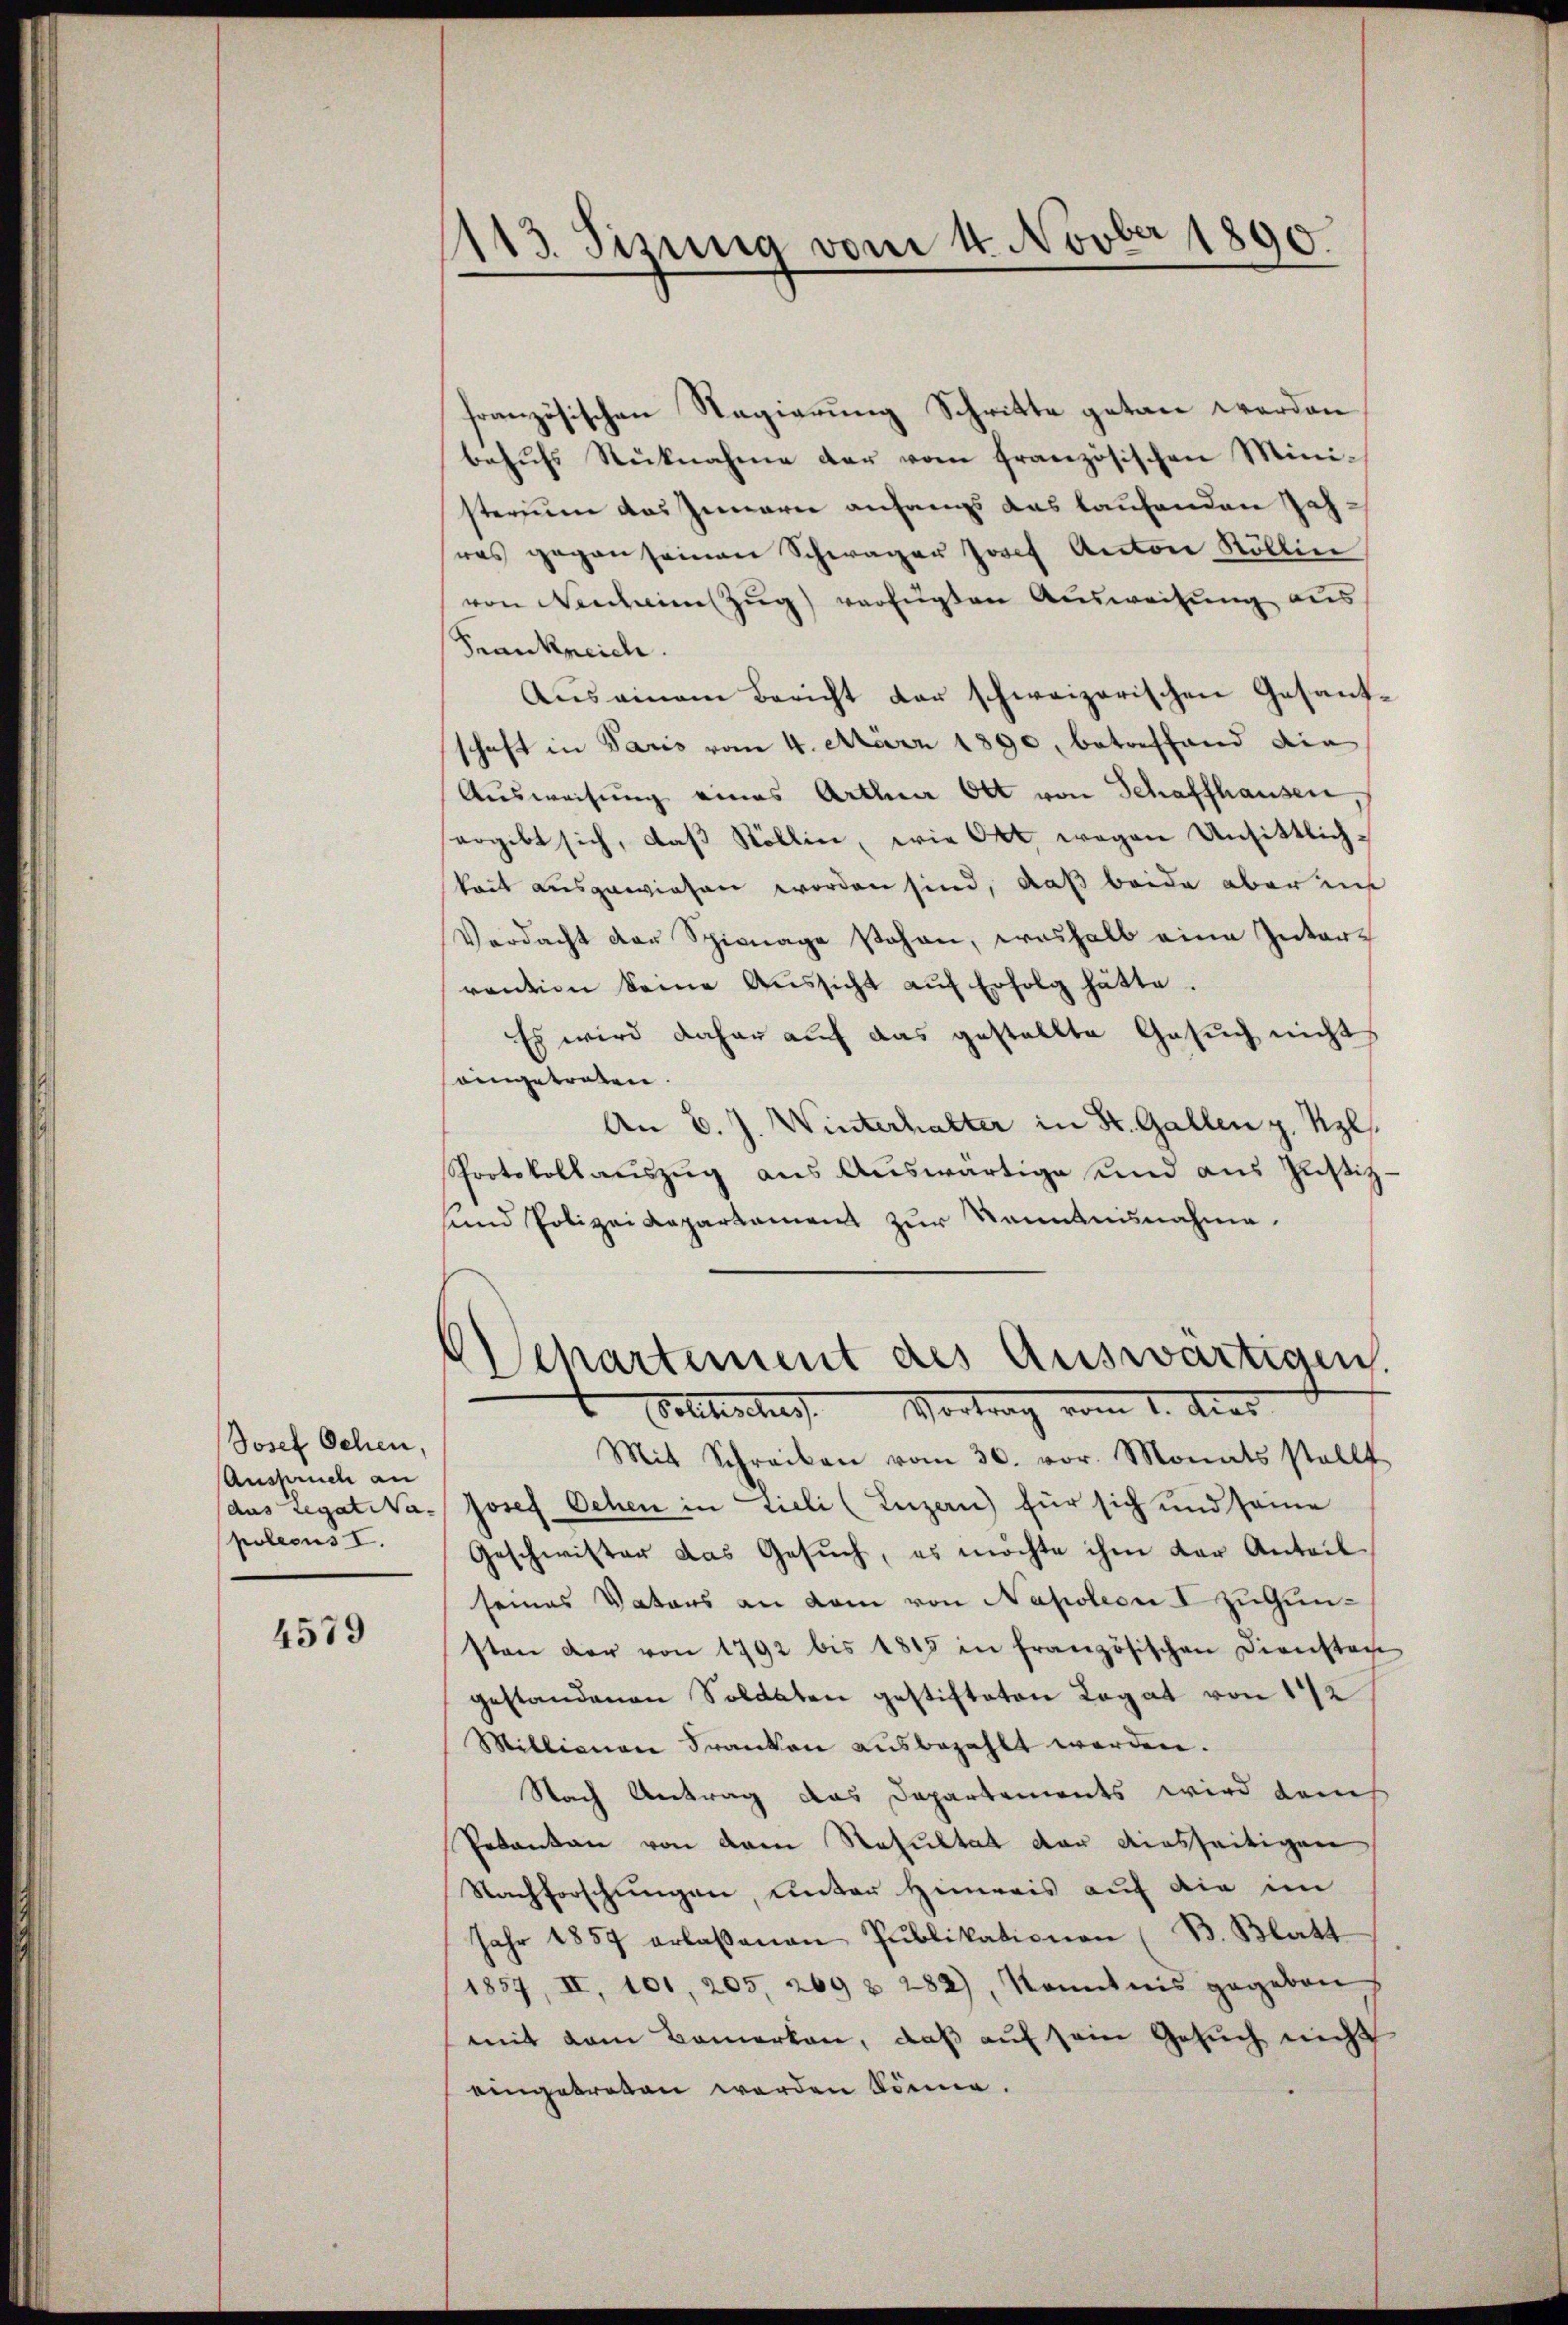
Josef Schen,
Anspruch an
poleous I.

4579

1113. Sizung vom 4. Novber 1890.

französischen Nagierung Schritte getan werden
behufs Rücknahme der vom französischen Ministerium das Inneren anfangs das laufenden Jahwas gegen seinen Schwager Josef Anton Röllin
von Nenheimzŭg verfügten Aŭsweisung aus
Frankreich.
Auseinem Bericht der schweizerischen Gesantschaft in Paris vom 4. März 1890, betreffend die
Ausweisung eines Arthur Ott von Schaffhausen
ergibt sich, daß Stöllin, wie Okt. wegen Unsittlichkeit ausgewiesen worden sind, daß beide aber in
Verdacht der Spinage stehen, weshalb eine Inter-
rention keine Aŭssicht aŭf Erfolg hätte.
Es wird daher auf das gestellte Gesuch nicht
oingetreten.
An v. J. Winterhalter in St. Gallen z. Kzl.
Protokollauszug aus Auswärtige und aus Justiz-
und Polizeidepartament zur Kenntnisnahme.
Departement des Auswärtigen.
Volisches Vortrag vom 1. das
Mit Schreiben vom 30. vor. Monats stellt
dus Legatia Josef Oehen in Lieli (Luzern) für sich und seine
Geschwister das Gesuch, es möchte ihm der Anteil
seines Vaters an dem von Napoleon I zugunsten der von 1792 bis 1815 in französischen Dienstan
gestandenen Soldaten gestifteten Legat von 12
Millionare Franken ausbezahlt werden.
Nach Antrag das Departements wird danch
Prkanton von dem Resultat der diesseitigen
Nachforschungen, unter Hinweis auf die im
Jahr 1857 erlaßenen Pŭblikationen (B. Blatt
1857, II, 101, 205, 269 § 282), Kenntnis gegeben
mit dem Bemerken, daß auf sein Gesuch nicht
eingetreten werden könne.